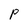
Character: P